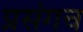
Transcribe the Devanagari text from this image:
प्रसंगच